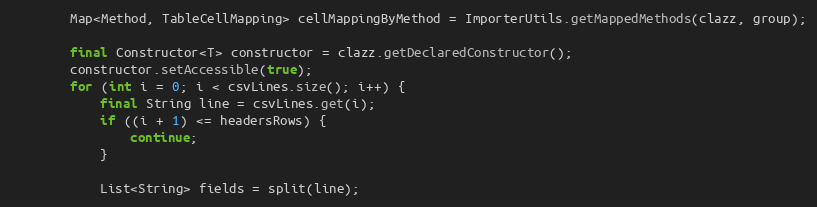
Language: Java
        Map<Method, TableCellMapping> cellMappingByMethod = ImporterUtils.getMappedMethods(clazz, group);

        final Constructor<T> constructor = clazz.getDeclaredConstructor();
        constructor.setAccessible(true);
        for (int i = 0; i < csvLines.size(); i++) {
            final String line = csvLines.get(i);
            if ((i + 1) <= headersRows) {
                continue;
            }

            List<String> fields = split(line);